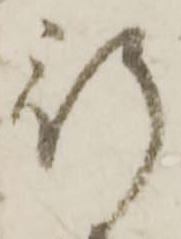
行